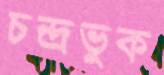
চন্দ্রভুক